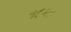
૧૯૫૯